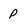
Character: p